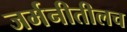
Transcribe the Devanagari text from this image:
जर्मनीतीलच